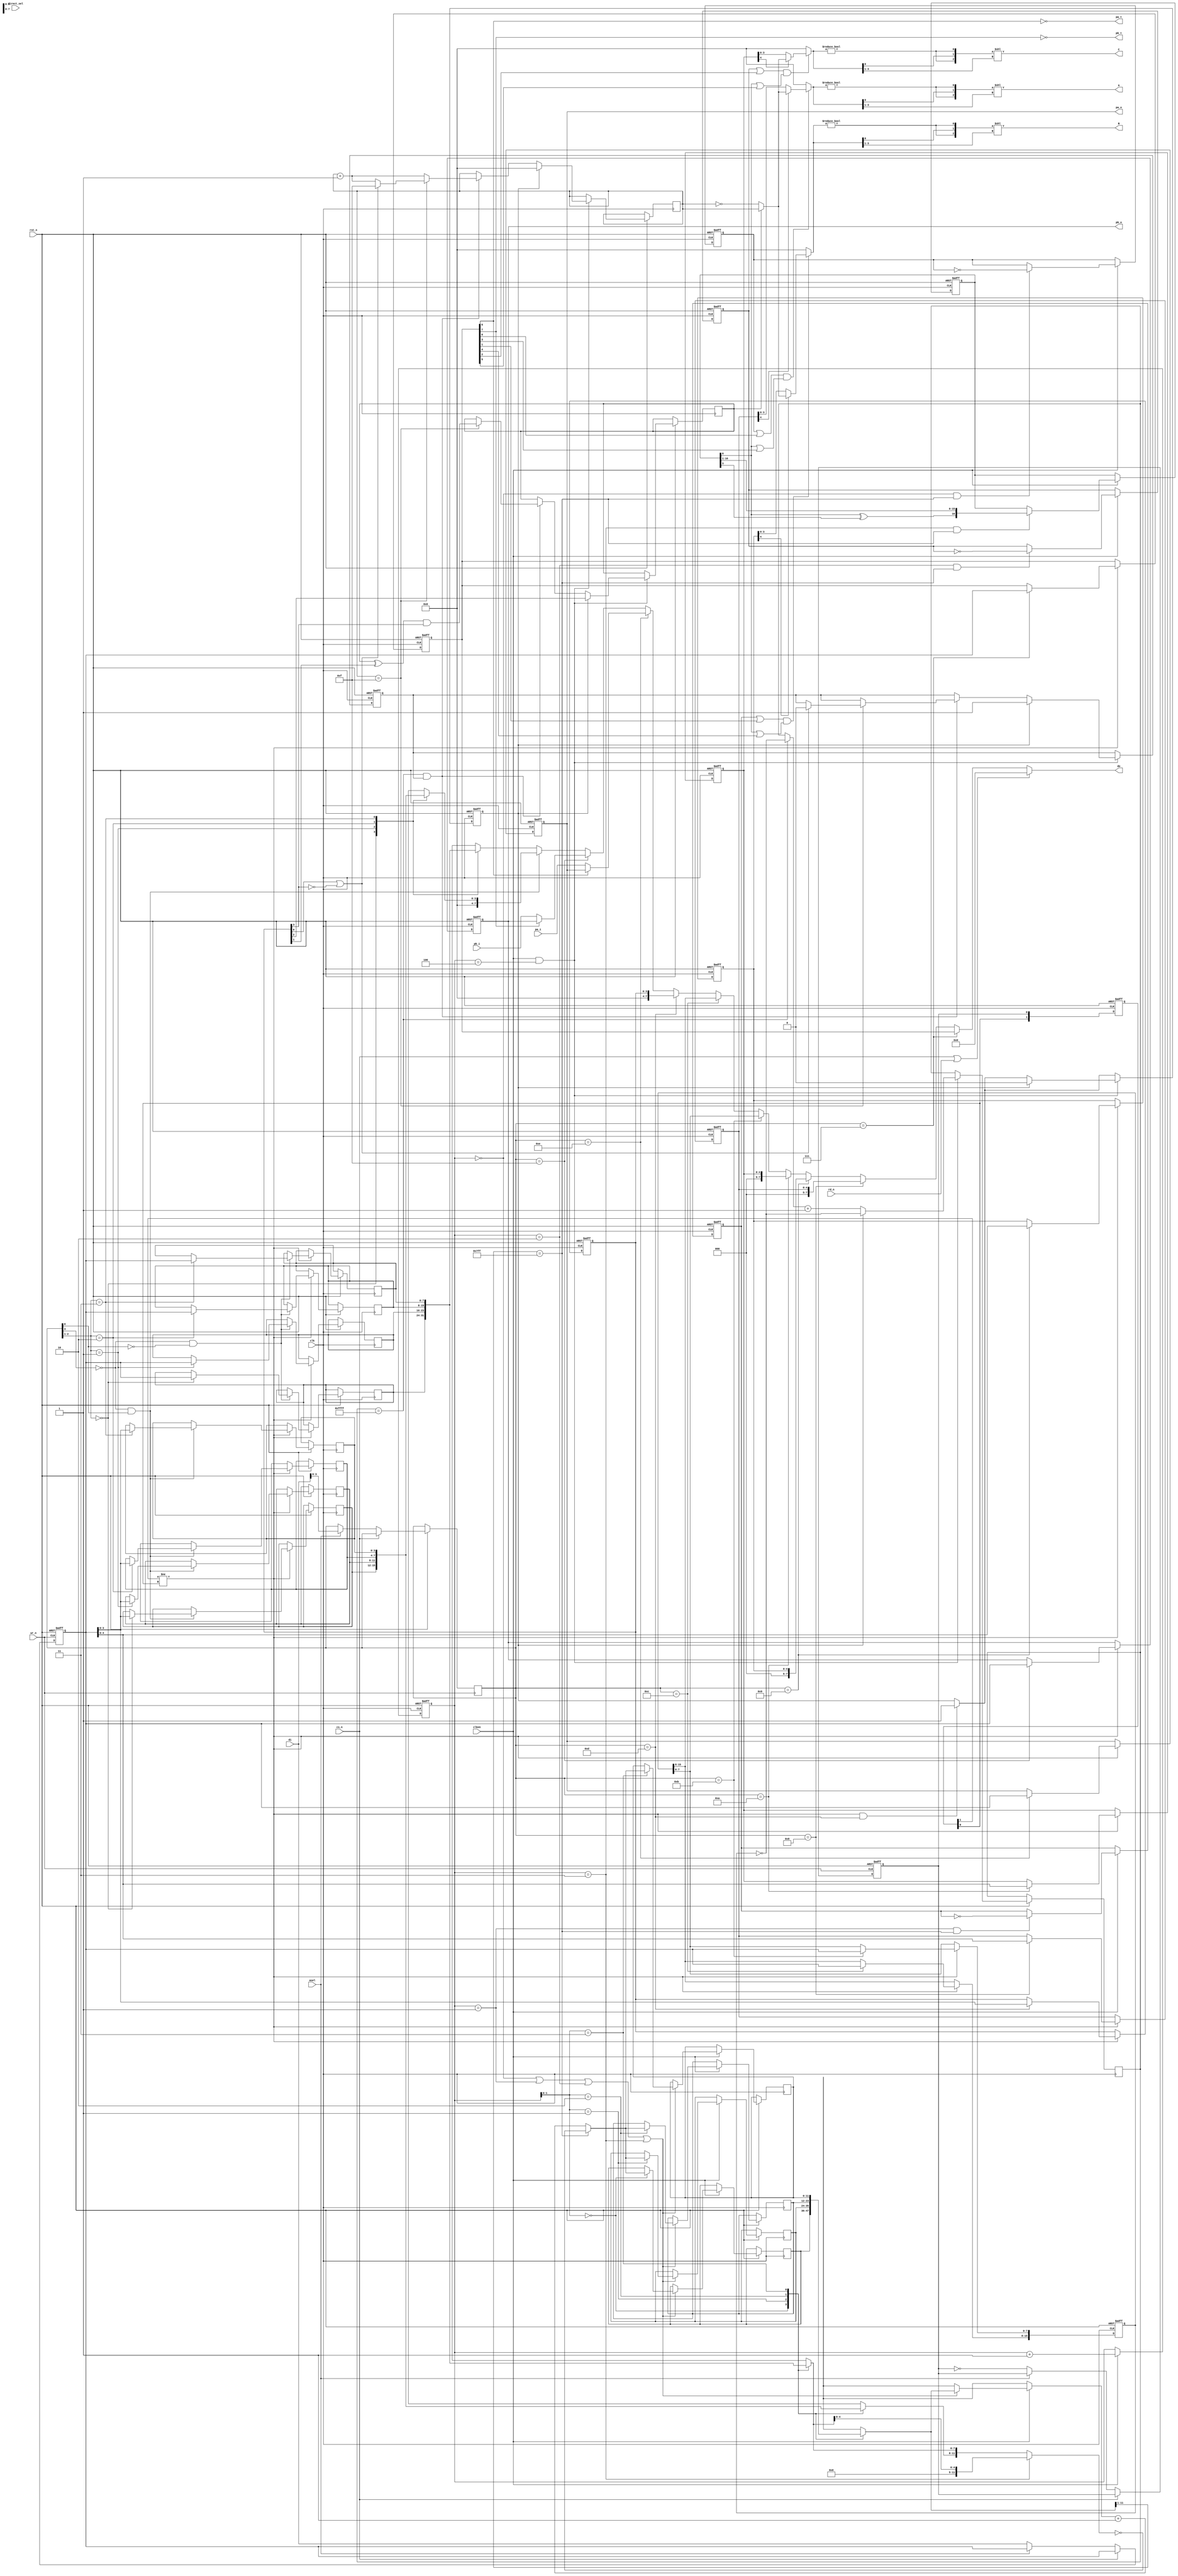
/////////////////////////////////////////////////////////////////////////////
//
// AY-3-8910 Programable Sound Generator
//
// Version : 0.95
//
// Copyright(c) 2004-2008 Tatsuyuki Satoh , All rights reserved
//
// License:
//   This source is under the GPL license.
//
// Histry:
//   2009. 1.20 both support indirect and direct access
//   2008.10.16 ver.0.96 fix envelope period 0 == 1
//   2008.10. 8 ver.0.95 fix envelope pattern ,fix tone period 0 == 1
//   2008. 9.xx ver.0.94 Mimimize (envelope buggy)
//   2007. 6.14 ver.0.90
//              Added clock enable
//              RegisterWrite clock wr to CLK
//   2004.12.15 ver.0.82
//              R1,R3,R5 read bug fix
//              bugfix swaped enable A and C
//              add reigster reset seaquence
//              noise generator sound
//              bugfix envelope illlegal restart
//   2004.12.10 bugfix envelope pattern & interval
//   2004. 9. 8 minimize
//   2004. 7.22 1st Create
//
/////////////////////////////////////////////////////////////////////////////

`define SUPPORT_IOPORT
`define SUPPORT_READ_REG

module ay8910(
  rst_n,clk,clken,asel,cs_n,wr_n,rd_n,
  direct_sel,
  A,B,C,
`ifdef SUPPORT_IOPORT
  pa_i,pb_i,pa_o,pa_t,pb_o,pb_t,
`endif
  di,do);

parameter DIRECT_ACCESS = 0;

input rst_n;
input clk;
input clken;
input asel;
input cs_n;
//
input [3:0] direct_sel;
//
input wr_n;
input rd_n;
input [7:0] di;
output [7:0] do;
output [9:0] A,B,C; // 10bit sound output
`ifdef SUPPORT_IOPORT
input [7:0] pa_i,pb_i;
output [7:0] pa_o,pb_o;
output pa_t,pb_t;
`endif

/////////////////////////////////////////////////////////////////////////////
// ASYNC Access
/////////////////////////////////////////////////////////////////////////////

reg  [3:0] waddr;
wire [3:0] raddr = DIRECT_ACCESS ? direct_sel : waddr;

// write data sync
reg [7:0] wdata;
reg wflip;

always @(posedge wr_n or negedge rst_n)
begin
  if(~rst_n)
  begin
    wdata <= 8'h00;
    wflip <= 1'b0;
  end else if(~cs_n)
  begin
      // address write
      if(DIRECT_ACCESS)
      begin
        waddr <= direct_sel;
        wdata <= di;
        wflip <= ~wflip;
      end else begin
        if(asel)
        begin
          waddr <= di[3:0];
        end else begin
          wdata <= di;
          wflip <= ~wflip;
        end
      end
  end
end

/////////////////////////////////////////////////////////////////////////////
// Write Register
/////////////////////////////////////////////////////////////////////////////

reg [2:0] cycle;
wire phase_t0 = (cycle==0);
wire phase_t1 = (cycle==1);
wire phase_t2 = (cycle==2);
wire phase_n  = (cycle==3);
wire phase_e  = (cycle==4);

// period registers
reg [7:0]  regsL[3:0];
reg [3:0]  regsH[3:0];
wire [1:0] regs_wa = waddr[2:1];
wire [1:0] regs_ra = cycle[1:0];

wire regl_we = (~waddr[3] && ~waddr[0]);
wire regh_we = (~waddr[3] &&  waddr[0]);

//reg [11:0] period_a,period_b,period_c;
//reg [4:0] period_n;
reg [7:0] reg_en;
reg [4:0] vol_a,vol_b,vol_c;
reg [15:0] period_e;
reg [3:0] shape_e;

`ifdef SUPPORT_IOPORT
reg [7:0] pa_r,pb_r;
`endif

wire ta_en = reg_en[0];
wire tb_en = reg_en[1];
wire tc_en = reg_en[2];
wire na_en = reg_en[3];
wire nb_en = reg_en[4];
wire nc_en = reg_en[5];
`ifdef SUPPORT_IOPORT
wire pa_od = reg_en[6];
wire pb_od = reg_en[7];
`endif

// Write Access Sense
reg [1:0] wflip_s;
wire wack = wflip_s[1]!=wflip_s[0];

// envelope restart trigger
wire env_req = wack && (waddr==4'hd);

always @(posedge clk or negedge rst_n)
begin
  if(~rst_n)
  begin
    wflip_s <= 2'b00;

//    period_a <= 12'h000;
//    period_b <= 12'h000;
//    period_c <= 12'h000;
//    period_n <= 5'h00;
    reg_en   <= 8'b00111111;
    vol_a    <= 5'h00;
    vol_b    <= 5'h00;
    vol_c    <= 5'h00;
    period_e <= 16'h0000;
    shape_e  <= 4'h0;
`ifdef SUPPORT_IOPORT
    pa_r     <= 8'hff;
    pb_r     <= 8'hff;
`endif
  end else begin
    // sense write access
    wflip_s <= {wflip_s[0],wflip};
    if(wack)
    begin
      if(regl_we) regsL[regs_wa] <= wdata;
      if(regh_we) regsH[regs_wa] <= wdata[3:0];

      // register write
      case(waddr)
//       0:period_a[ 7:0] <= wdata;
//       1:period_a[11:8] <= wdata[3:0];
//       2:period_b[ 7:0] <= wdata;
//       3:period_b[11:8] <= wdata[3:0];
//       4:period_c[ 7:0] <= wdata;
//       5:period_c[11:8] <= wdata[3:0];
//       6:period_n[ 4:0] <= wdata[4:0];
       7:reg_en         <= wdata;
       8:vol_a          <= wdata[4:0];
       9:vol_b          <= wdata[4:0];
      10:vol_c          <= wdata[4:0];
      11:period_e[7:0]  <= wdata;
      12:period_e[15:8] <= wdata;
      13:shape_e        <= wdata[3:0];
`ifdef SUPPORT_IOPORT
      14:pa_r        <= wdata;
      15:pb_r        <= wdata;
`endif
      endcase
    end
  end
end

/////////////////////////////////////////////////////////////////////////////
// Read Register
/////////////////////////////////////////////////////////////////////////////
`ifdef SUPPORT_READ_REG

assign do = (cs_n|rd_n) ? 8'h00:       // no read
            raddr==4'h7 ? reg_en         :
            raddr==4'h8 ? {3'h0,vol_a}   :
            raddr==4'h9 ? {3'h0,vol_b}   :
            raddr==4'ha ? {3'h0,vol_c}   :
            raddr==4'hb ? period_e[7:0]  :
            raddr==4'hc ? period_e[15:8] :
            raddr==4'hd ? {4'h0,shape_e} :
`ifdef SUPPORT_IOPORT
            raddr==4'he ? (pa_od ? pa_o : pa_i) :
            raddr==4'hf ? (pb_od ? pb_o : pb_i) :
`endif
            // 12bit pair reg.
            regh_we     ? {4'h0,regsH[regs_wa]} :
            regsL[regs_wa];
`else
assign do = 8'h00;
`endif

/////////////////////////////////////////////////////////////////////////////
// clock & phase
/////////////////////////////////////////////////////////////////////////////

always @(posedge clk or negedge rst_n)
begin
  if(~rst_n)
  begin
    cycle <= 0;
  end else if(clken) begin
    cycle <= cycle + 1;
  end
end

/////////////////////////////////////////////////////////////////////////////
// PSG
/////////////////////////////////////////////////////////////////////////////

// 12bit period register
wire [11:0] periodt  = {regsH[regs_ra],regsL[regs_ra]};
wire [11:0] periodn  = {7'b0000000,periodt[4:0]}; // mask for noize freq
wire [11:0] period12 = phase_n ? periodn : periodt;

// increment condition
wire [11:0] is_inc   = 1'b1;

//
// toneA 12bit | 12bit
// toneB 12bit | 12bit
// toneC 12bit | 12bit
// noisze 5bit
// env   15bit | 15bit
//

// period 0 -> 1
// period 1 -> 1
// period 2 -> 2
// period 3 -> 3
reg [11:0] cnt_ram[3:0];
wire [11:0] cnt = cnt_ram[regs_ra];
wire cnt_load = (cnt[11:1]==11'h7ff); // cnt >= 12'hffe

reg out_a,out_b,out_c;

// noize ring
reg  [16:0] noize_ring;
wire [16:0] noize_ring_next = {noize_ring[0]^noize_ring[3],noize_ring[16:1]};
wire out_n = noize_ring[0];

always @(posedge clk or negedge rst_n)
begin
  if(~rst_n)
  begin
    out_a <= #1 0;
    out_b <= #1 0;
    out_c <= #1 0;
    noize_ring <= 17'b0000000000000001;
  end else if(clken) begin
    // count down with reload
    if(phase_t0 | phase_t1 | phase_t2 | phase_n)
    begin
      cnt_ram[regs_ra] <= #1 cnt_load ? ~period12 : (cnt_ram[regs_ra]+1);
  //    if(cnt_load)
//      out[cnta] <= ~out[cnta];
    end

    // flip output
    if(phase_t0 && cnt_load) out_a     <= #1 ~out_a;
    if(phase_t1 && cnt_load) out_b     <= #1 ~out_b;
    if(phase_t2 && cnt_load) out_c     <= #1 ~out_c;
    if(phase_n  && cnt_load)noize_ring <= #1 noize_ring_next;
  end
end

/////////////////////////////////////////////////////////////////////////////
// envelope generator
/////////////////////////////////////////////////////////////////////////////
/*
bit3 = turn reset , 0=on , 1=off
bit2 = start , 0=up , 1=down(inv)
bit1 = turn invert, 0=tggle , 1=fix
bit0 = turn repeat, 0=off, 1=on

No.          pattern
  8          DDDD
  0,1,2,3,9  DLLL
  10         DUDU
  11         DHHH
  12         UUUU
  13         UHHH
  14         UDUD
  4,5,6,7,15 ULLL

  D = 15 ->  0
  U =  0 -> 15
  H = hold  15
  L = hold   0
*/
reg [15:0] env_cnt;
reg [3:0] env_phase;
reg env_en;
reg env_inv;
reg env_trg;

// bit3 = turn reset , 0=on , 1=off
// bit2 = start , 0=up , 1=down(inv)
// bit1 = turn invert, 0=tggle , 1=fix
// bit0 = turn repeat, 0=off, 1=on

wire env_continue = shape_e[3]; // CONTINUE (~zero after turn)
wire env_attack   = shape_e[2]; // ATTACK   (0=fall 1st,1=raise 1st)
wire env_altanate = shape_e[1]; // ALTANATE (flip U/D)
wire env_hold     = shape_e[0]; // HOLD     (stop countup)

// envelope volume output
//wire [3:0] vol_e = env_inv ? ~env_phase : env_phase;
wire [3:0] vol_e = env_inv ? env_phase : ~env_phase;

wire ec_load = (env_cnt==16'hffff);

always @(posedge clk or negedge rst_n)
begin
  if(~rst_n)
  begin
    env_en    <= 1'b0;
    env_trg   <= 1'b0;
  end else begin
    // reserve envelope reset trigger
    if(env_req) env_trg <= 1'b1;

    if(clken && phase_e)
    begin
      if(env_trg)
      begin
        env_trg   <= 1'b0;

        env_cnt   <= ~period_e;
        env_phase <= 4'h0; // 4'hf;
        env_inv   <= env_attack;
        env_en    <= 1'b1;
      end else begin
        // phase up
        env_cnt   <= (ec_load ? ~period_e : env_cnt) +1;
        if(ec_load & env_en)
        begin
//          env_phase <= env_phase - 1;
//          if(env_phase==0)
          env_phase <= env_phase + 1;
          if(env_phase==15)
          begin
            // turn over
            env_inv <= (env_inv^env_altanate) & env_continue;

            if(env_hold || ~env_continue)
            begin
//              env_phase <= 4'h0;
              env_phase <= 4'hf;
              env_en    <= 1'b0;
            end
          end
        end
      end
    end
  end
end

/////////////////////////////////////////////////////////////////////////////
// -3db volume step to linear conversion
// 0dB:-3dB == 1.0:0.707946 == 7:5
/////////////////////////////////////////////////////////////////////////////
function [9:0] vol_tbl;
input [3:0] vol;
// val 7(111) ==  0db(15),-6db(13),-12db(11),...-36dB(3),-42db(1)
// val 5(101) == -3db(14),-9db(12),-15db(10),...-39dB(2)
// val 0(000) == mute(0)
begin
  vol_tbl  = {7'h00,(vol!=0),vol[0],(vol!=0)} << vol[3:1];
end
endfunction

/////////////////////////////////////////////////////////////////////////////
// output
/////////////////////////////////////////////////////////////////////////////

wire out_ma = (out_a | ta_en) & (out_n | na_en);
wire out_mb = (out_b | tb_en) & (out_n | nb_en);
wire out_mc = (out_c | tc_en) & (out_n | nc_en);

assign A = vol_tbl(~out_ma ? 4'h0 : vol_a[4] ? vol_e : vol_a[3:0] );
assign B = vol_tbl(~out_mb ? 4'h0 : vol_b[4] ? vol_e : vol_b[3:0] );
assign C = vol_tbl(~out_mc ? 4'h0 : vol_c[4] ? vol_e : vol_c[3:0] );

`ifdef SUPPORT_IOPORT
assign pa_o = pa_r;
assign pb_o = pb_r;
assign pa_t = ~pa_od;
assign pb_t = ~pb_od;
`endif

endmodule